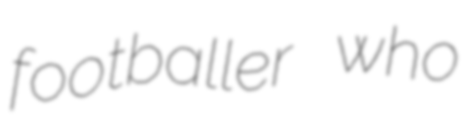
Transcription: footballer who